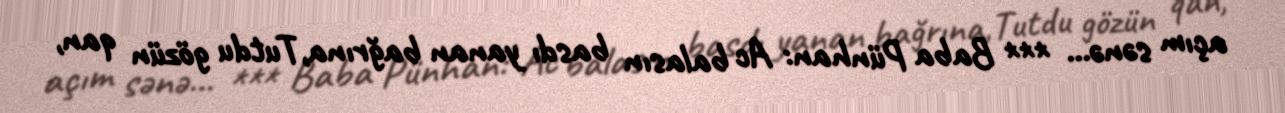
açım sənə... *** Baba Pünhan: Ac balasın basdı yanan bağrına,Tutdu gözün qan,